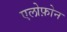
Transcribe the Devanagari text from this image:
एलोफ़ोन